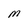
Character: M